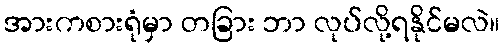
အားကစားရုံမှာ တခြား ဘာ လုပ်လို့ရနိုင်မလဲ။